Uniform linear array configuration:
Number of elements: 32
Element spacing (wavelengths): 0.5
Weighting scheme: binomial
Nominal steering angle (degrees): -60
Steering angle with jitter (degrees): -59.748
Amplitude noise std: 0.05
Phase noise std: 0.05

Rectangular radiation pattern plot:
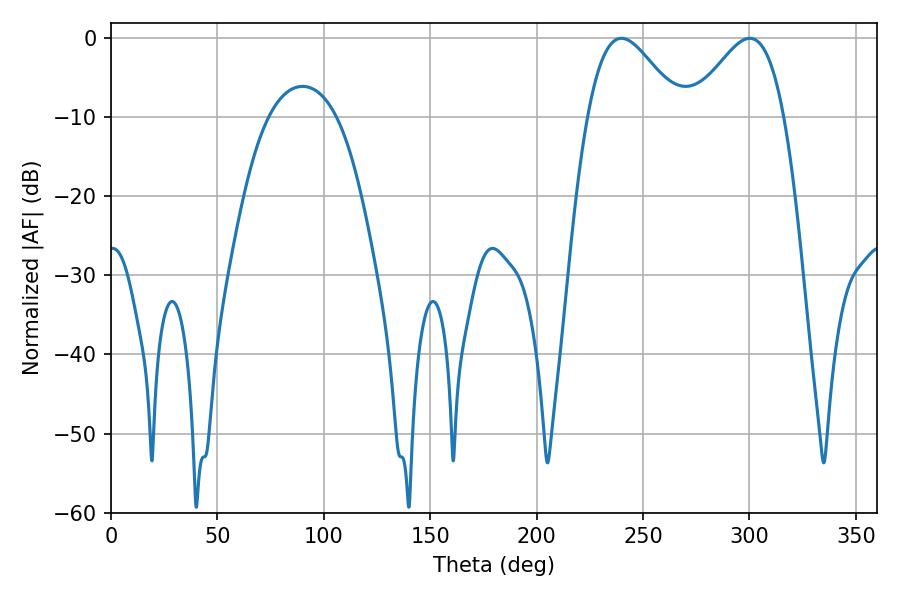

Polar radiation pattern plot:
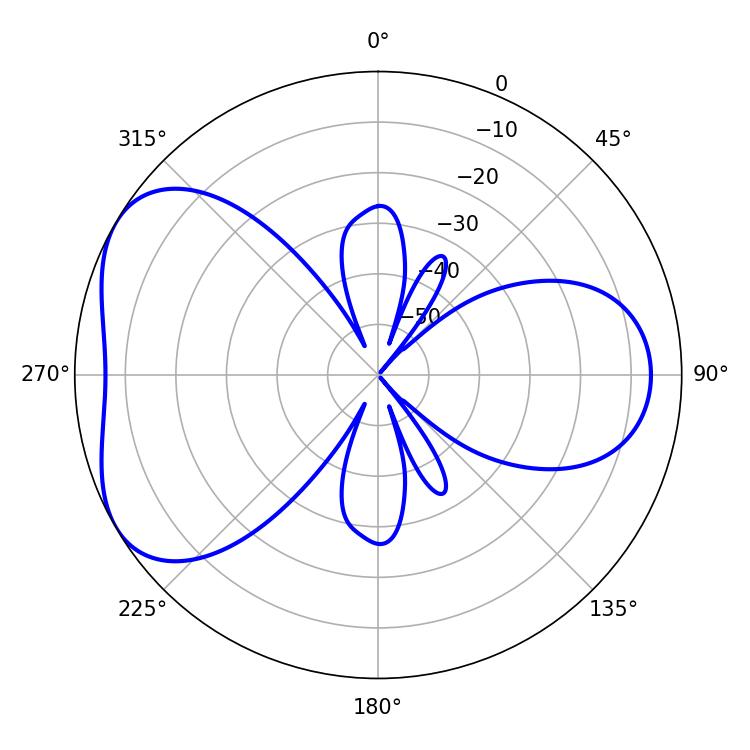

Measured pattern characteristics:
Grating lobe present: FALSE
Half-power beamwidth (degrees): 23.22
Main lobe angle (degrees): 239.76